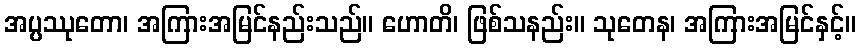
အပ္ပဿုတော၊ အကြားအမြင်နည်းသည်။ ဟောတိ၊ ဖြစ်သနည်း။ သုတေန၊ အကြားအမြင်နှင့်။